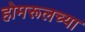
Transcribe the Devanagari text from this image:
होमरूलच्या